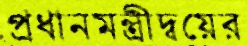
প্রধানমন্ত্রীদ্বয়ের